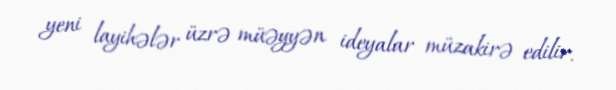
yeni layihələr üzrə müəyyən ideyalar müzakirə edilir.